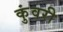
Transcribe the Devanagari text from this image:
कुंवरी